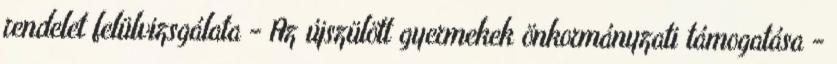
rendelet felülvizsgálata - Az újszülött gyermekek önkormányzati támogatása -